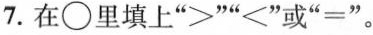
7.在\circ 里填上”>””≤”或”=”。